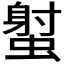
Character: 𧎭